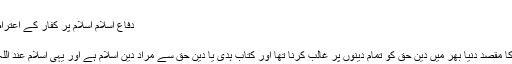
ا)
دفاع اسلام اسلام پر کفار کے اعتراضات اور ان کے جوابات
امداد اللہ انور
خاتم الانبیاءﷺ کی بعثت کا مقصد دنیا بھر میں دین حق کو تمام دینوں پر غالب کرنا تھا اور کتاب ہدیٰ یا دین حق سے مراد دینِ اسلام ہے اور یہی اسلام عند اللہ محبوب اور مقصود ہے۔